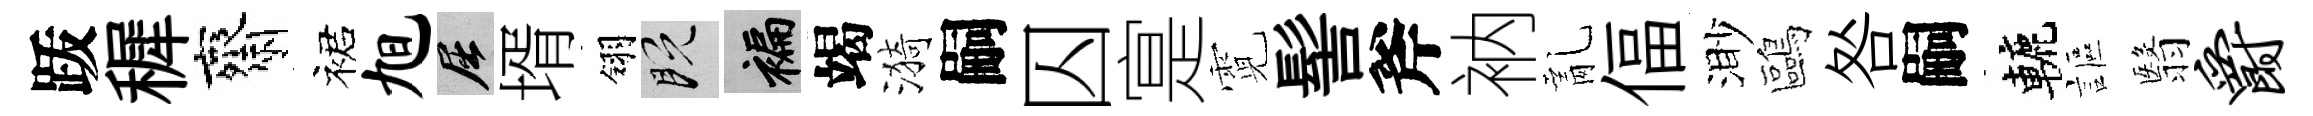
䟦穉齋裙旭屈壻翎既褊竭漪嗣囚寔霓髻斧衲亂偪渺鷗咎嗣轆謳翳爵